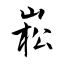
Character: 崧